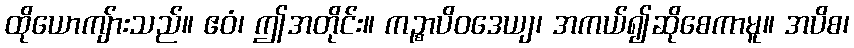
ထိုယောကျ်ားသည်။ ဧဝံ၊ ဤအတိုင်း။ ကဉ္စာပိဝဒေယျ၊ အကယ်၍ဆိုစေကာမူ။ အပိစ၊